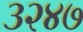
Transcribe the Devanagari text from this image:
३२४७